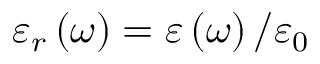
\varepsilon _ { r } \left( \omega \right) = \varepsilon \left( \omega \right) / \varepsilon _ { 0 }